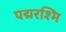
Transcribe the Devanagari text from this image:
पद्मरश्मि